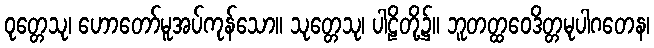
ဝုတ္တေသု၊ ဟောတော်မူအပ်ကုန်သော။ သုတ္တေသု၊ ပါဠိတို့၌။ ဘူတတ္ထဝေဒိတ္တမုပါဂတေန၊